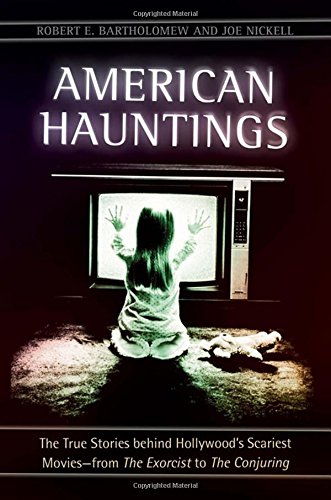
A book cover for American Hauntings: The True Stories behind Hollywood's Scariest Moviesfrom The Exorcist to The Conjuring; Robert E. Bartholomew; Religion & Spirituality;